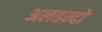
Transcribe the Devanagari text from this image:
अलहम्दो